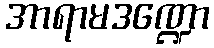
အာရာမဒဏ္ဍော